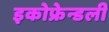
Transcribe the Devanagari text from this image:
इकोफ्रेन्डली